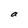
Character: a